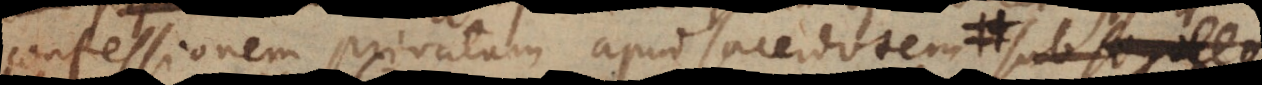
confessionem privatam apud sacerdotem, adhibito